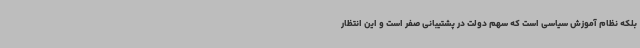
بلکه نظام آموزش سیاسی است که سهم دولت در پشتیبانی صفر است و این انتظار